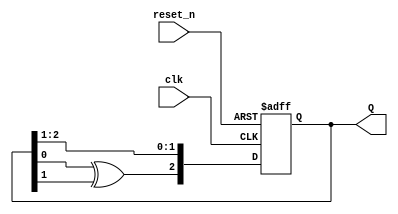
`timescale 1ns / 1ps
//////////////////////////////////////////////////////////////////////////////////
// Company: 
// Engineer: 
// 
// Design Name: 
// Module Name: random_generator
// Project Name: 
// Target Devices: 
// Tool Versions: 
// Description: 
// 
// Dependencies: 
// 
// Revision:
// Revision 0.01 - File Created
// Additional Comments:
// 
//////////////////////////////////////////////////////////////////////////////////


module random_generator 
    #(parameter N = 3) (
    input clk, 
    input reset_n, 
    output [1:N] Q
);
    reg [1:N] Q_reg, Q_next;
    wire taps;
    initial Q_reg = 'd1;
    always @ (posedge clk, negedge reset_n) begin
        if (~reset_n) Q_reg <= 'd1;
        else Q_reg <= Q_next;
    end
    always @ (taps, Q_reg) begin
        Q_next = {taps, Q_reg[1:N-1]};
    end
    assign Q = Q_reg;
    assign taps = Q_reg[3]^Q_reg[2];
endmodule